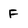
Character: F